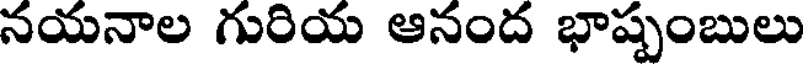
నయనాల గురియ ఆనంద భాష్పంబులు